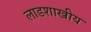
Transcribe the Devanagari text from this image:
लाडशाखीय